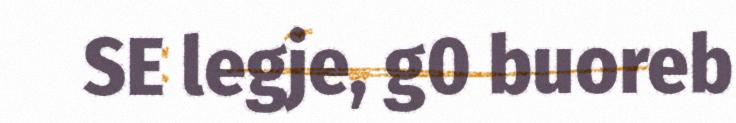
SE legje, g0 buoreb